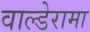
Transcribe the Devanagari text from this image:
वाल्डेरामा